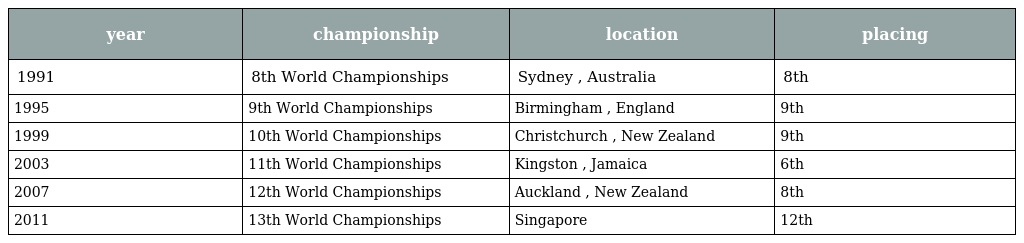
| year | championship | location | placing |
 | --- | --- | --- | --- |
 | 1991 | 8th World Championships | Sydney , Australia | 8th |
 | 1995 | 9th World Championships | Birmingham , England | 9th |
 | 1999 | 10th World Championships | Christchurch , New Zealand | 9th |
 | 2003 | 11th World Championships | Kingston , Jamaica | 6th |
 | 2007 | 12th World Championships | Auckland , New Zealand | 8th |
 | 2011 | 13th World Championships | Singapore | 12th |